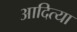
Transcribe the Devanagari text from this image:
आदित्या